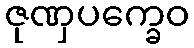
ဇုဏှပက္ခေဝ